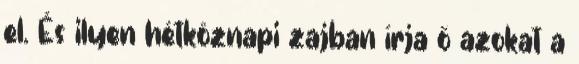
el. És ilyen hétköznapi zajban írja ő azokat a